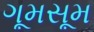
ગૂમસૂમ